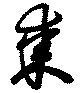
棗